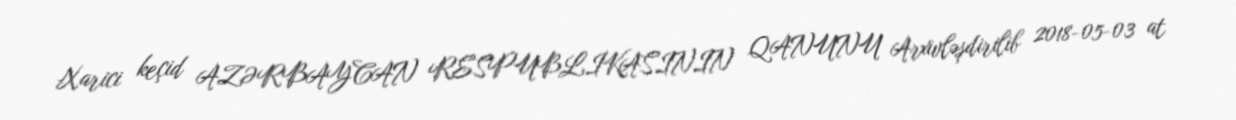
Xarici keçid AZƏRBAYCAN RESPUBLİKASININ QANUNU Arxivləşdirilib 2018-05-03 at